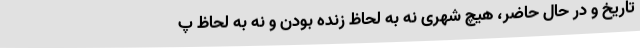
تاریخ و در حال حاضر، هیچ شهری نه به لحاظ زنده بودن و نه به لحاظ پ